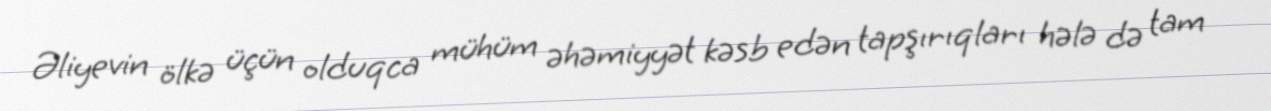
Əliyevin ölkə üçün olduqca mühüm əhəmiyyət kəsb edən tapşırıqları hələ də tam